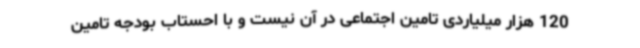
120 هزار میلیاردی تامین اجتماعی در آن نیست و با احستاب بودجه تامین